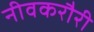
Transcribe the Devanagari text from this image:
नीवकरौरी